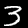
Label: 3